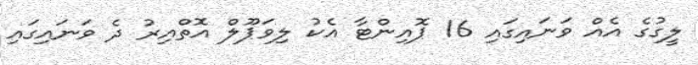
ލީގުގެ އެއް ވަނައިގައި 16 ޕޮއިންޓާ އެކު ލިވަޕޫލް އޮތްއިރު ދެ ވަނައިގައި